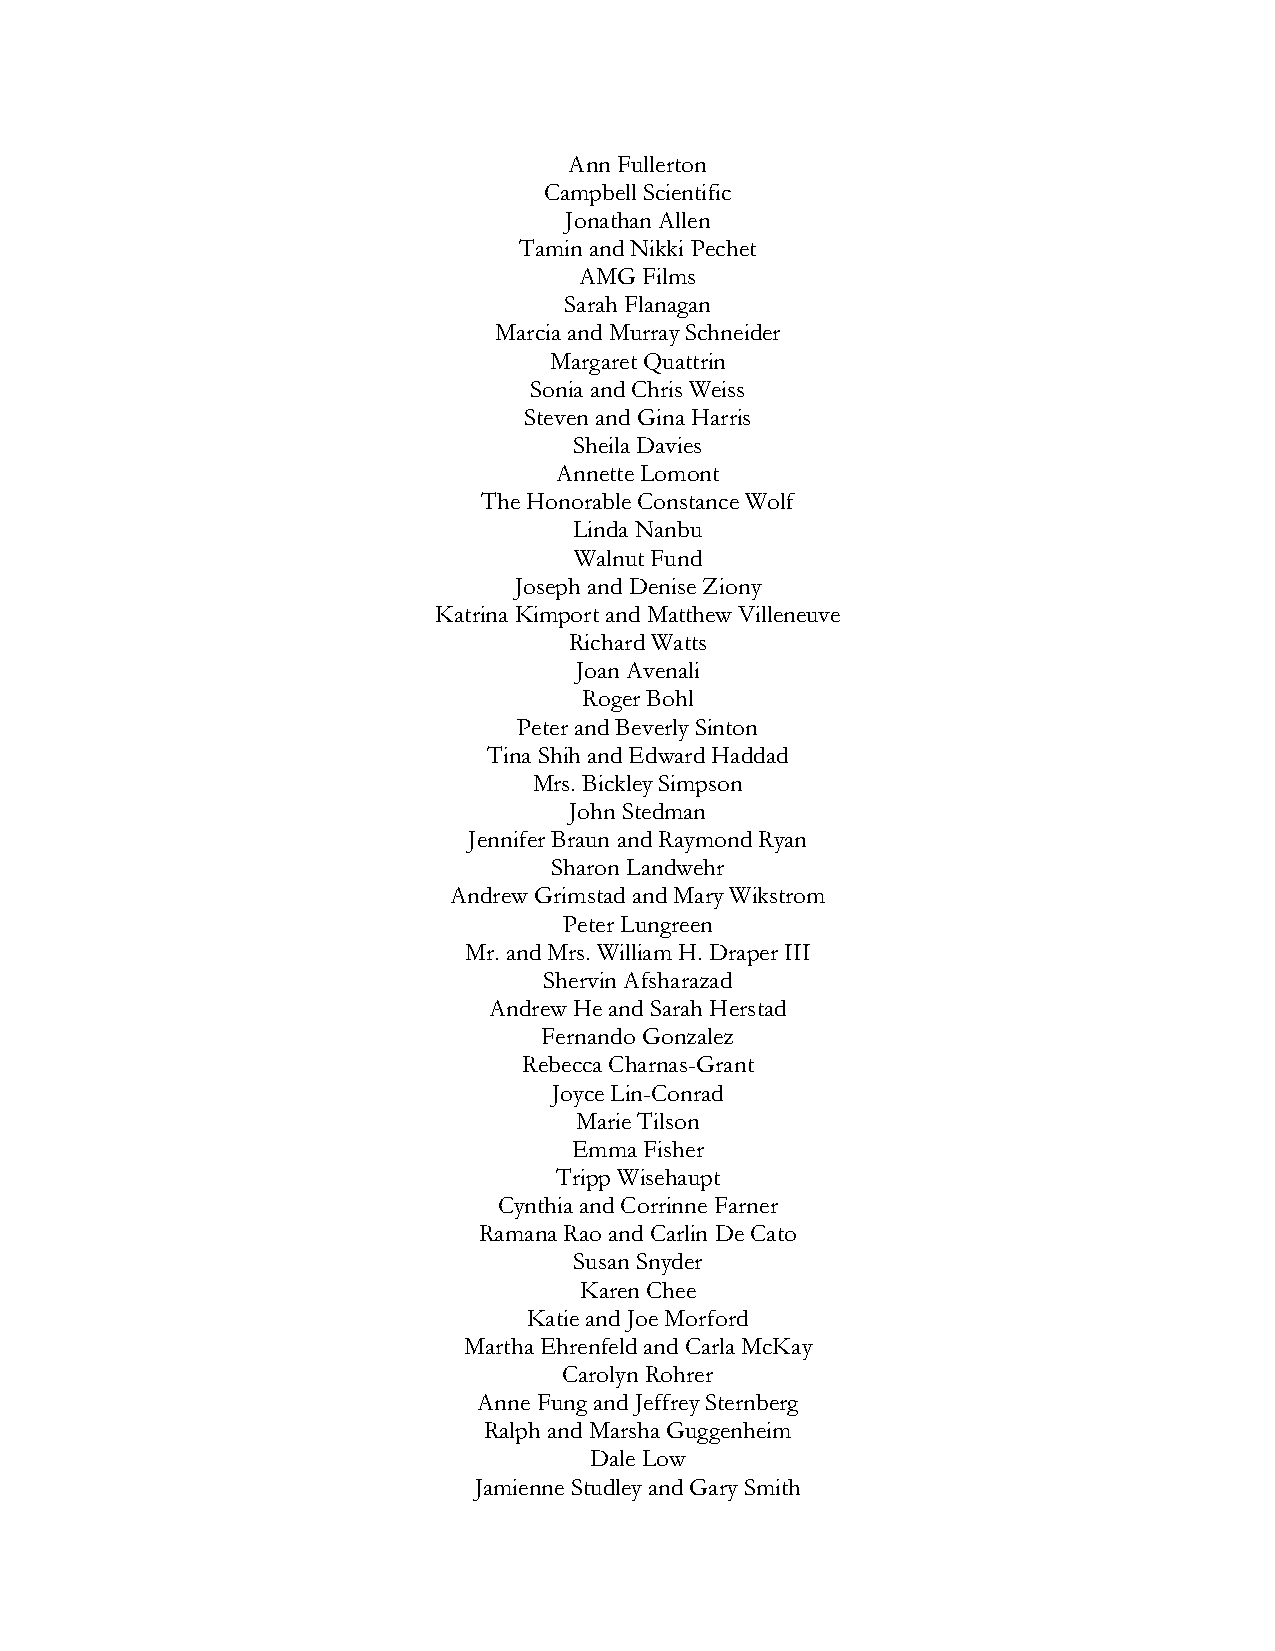
Ann Fullerton
 Campbell Scientific
 Jonathan Allen
 Tamin and Nikki Pechet
 AMG  Films
 Sarah Flanagan
 Marcia and Murray Schneider
 Margaret Quattrin
 Sonia and Chris Weiss
 Steven and Gina Harris
 Sheila Davies
 Annette Lomont
 The Honorable Constance Wolf
 Linda Nanbu
 Walnut Fund
 Joseph and Denise Ziony
 Katrina Kimport and Matthew Villeneuve
 Richard Watts
 Joan Avenali
 Roger Bohl
 Peter and Beverly Sinton
 Tina Shih and Edward Haddad
 Mrs. Bickley Simpson
 John Stedman
 Jennifer Braun and Raymond Ryan
 Sharon Landwehr
 Andrew Grimstad and Mary Wikstrom
 Peter Lungreen
 Mr. and Mrs. William H. Draper III
 Shervin Afsharazad
 Andrew He and Sarah Herstad
 Fernando Gonzalez
 Rebecca Charnas-Grant
 Joyce Lin-Conrad
 Marie Tilson
 Emma Fisher
 Tripp Wisehaupt
 Cynthia and Corrinne Farner
 Ramana Rao and Carlin De Cato
 Susan Snyder
 Karen Chee
 Katie and Joe Morford
 Martha Ehrenfeld and Carla McKay
 Carolyn Rohrer
 Anne Fung and Jeffrey Sternberg
 Ralph and Marsha Guggenheim
 Dale Low
 Jamienne Studley and Gary Smith